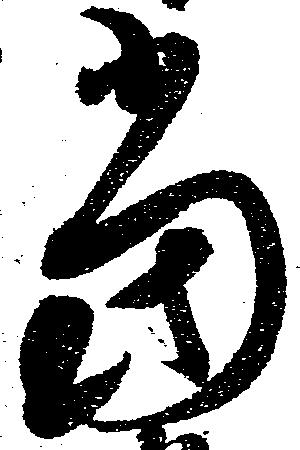
当